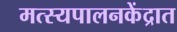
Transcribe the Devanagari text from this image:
मत्स्यपालनकेंद्रात